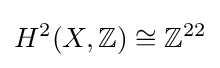
H^{2}(X,\mathbb {Z} )\cong \mathbb {Z} ^{22}